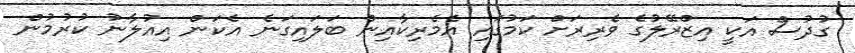
ގުދުސް އަކީ އިޒްރޭލުގެ ވެރިރަށް ކަމުގައި އެމެރިކާއިން ބަލައިގަނެ އެކަން އިއުލާނު ކުރުމުން